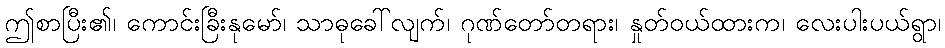
ဤစာပြီး၏၊ ကောင်းခြီးနုမော်၊ သာဓုခေါ်လျက်၊ ဂုဏ်တော်တရား၊ နှုတ်ဝယ်ထားက၊ လေးပါးပယ်ရွာ၊